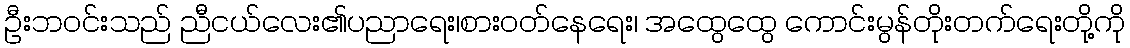
ဦးဘဝင်းသည် ညီငယ်လေး၏ပညာရေး၊စားဝတ်နေရေး၊ အထွေထွေ ကောင်းမွန်တိုးတက်ရေးတို့ကို